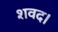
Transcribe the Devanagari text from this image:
शवद।